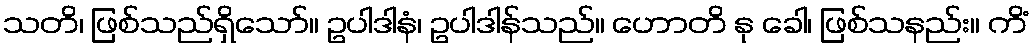
သတိ၊ ဖြစ်သည်ရှိသော်။ ဥပါဒါနံ၊ ဥပါဒါန်သည်။ ဟောတိ နု ခေါ၊ ဖြစ်သနည်း။ ကိံ